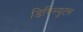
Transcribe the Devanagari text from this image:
डिदिल्युटस